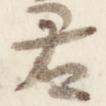
君